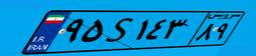
۰۵S۲۸۵۵۲